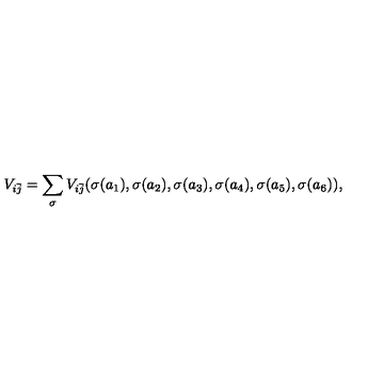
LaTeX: V _ { i \bar { j } } = \sum _ { \sigma } V _ { i \bar { j } } ( \sigma ( a _ { 1 } ) , \sigma ( a _ { 2 } ) , \sigma ( a _ { 3 } ) , \sigma ( a _ { 4 } ) , \sigma ( a _ { 5 } ) , \sigma ( a _ { 6 } ) ) ,